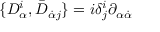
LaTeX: \{ D _ { \alpha } ^ { i } , \bar { D } _ { \dot { \alpha } j } \} = i \delta _ { j } ^ { i } \partial _ { \alpha \dot { \alpha } }